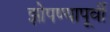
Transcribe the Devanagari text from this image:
झोपण्यापूर्वी